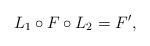
LaTeX: \begin{align*}L_1 \circ F \circ L_2 = F',\end{align*}